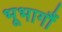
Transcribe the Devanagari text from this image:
भूभागौं